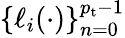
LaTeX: \{ \ell_{i}(\cdot)\} _{n=0}^{{p_{\mathrm{t}}}-1}